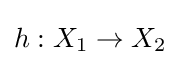
h:X_{1}\to X_{2}